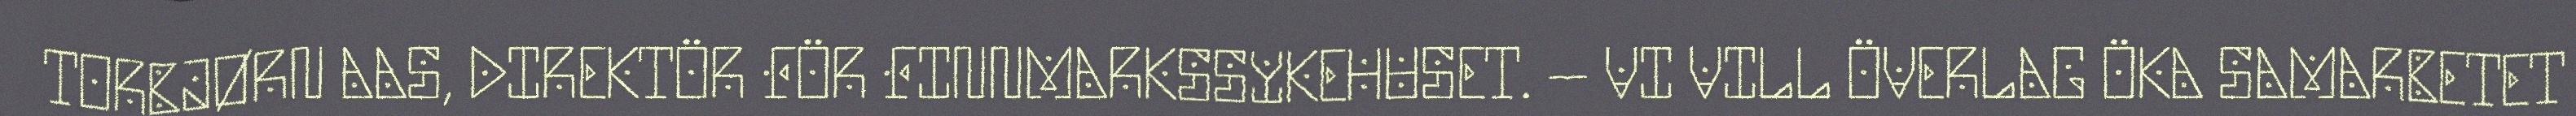
TORBJØRN AAS, DIREKTÖR FÖR FINNMARKSSYKEHUSET. – VI VILL ÖVERLAG ÖKA SAMARBETET